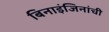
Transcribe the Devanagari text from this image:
बिनाइंजिनांची